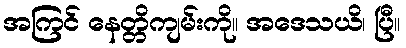
အကြင် နေတ္တိကျမ်းကို။ အဒေသယိ၊ ပြီ။